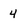
Character: 4